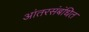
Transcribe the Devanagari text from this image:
आंतरसंबंधित